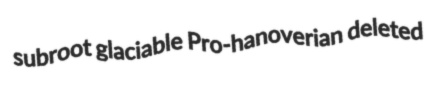
subroot glaciable Pro-hanoverian deleted